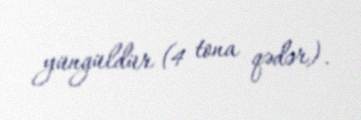
yüngüldür (4 tona qədər).